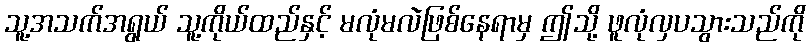
သူ့အသက်အရွယ် သူ့ကိုယ်ထည်နှင့် မလုံမလဲဖြစ်နေရာမှ ဤသို့ ဖူလုံလှပသွားသည်ကို